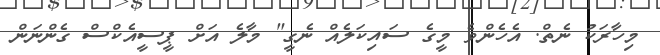
މިހާރަކު ނެތް. އެހެންވެ މީގެ ސައިކަލެއް ނެގީ" މާލެ އަށް ޕީސީއެކްސް ގެންނަން